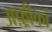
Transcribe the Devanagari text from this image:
अफ़्रीकां